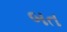
બત